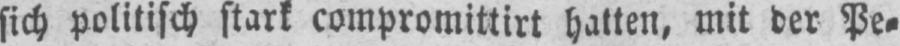
sich politisch stark compromittirt hatten, mit der Pe⸗